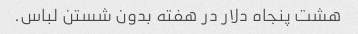
هشت پنجاه دلار در هفته بدون شستن لباس.